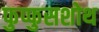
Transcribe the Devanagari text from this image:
फुप्फुसशोथ